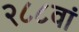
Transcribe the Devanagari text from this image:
२८८वां